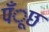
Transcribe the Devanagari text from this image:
पँूछ